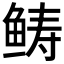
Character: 𩾂